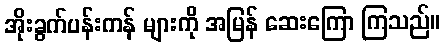
အိုးခွက်ပန်းကန် များကို အမြန် ဆေးကြော ကြသည်။